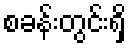
စခန်းတွင်းရှိ